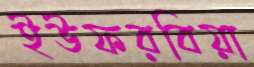
ইউফরবিয়া